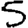
Digit: 5